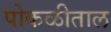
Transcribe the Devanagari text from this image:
पोकळीताल